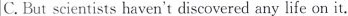
C. But scientists haven't discovered any life on it.